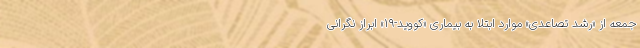
جمعه از «رشد تصاعدی» موارد ابتلا به بیماری «کووید-۱۹» ابراز نگرانی